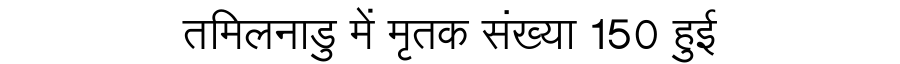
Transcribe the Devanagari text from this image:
तमिलनाडु में मृतक संख्या 150 हुई